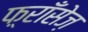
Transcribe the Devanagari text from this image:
फ़्राँसेज़